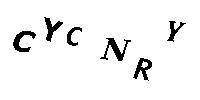
CYCNRY